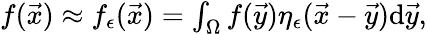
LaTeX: \begin{array}{r}{f(\vec{x})\approx f_{\epsilon}(\vec{x})=\int_{\Omega}f(\vec{y})\eta_{\epsilon}(\vec{x}-\vec{y})\mathrm{d}\vec{y},}\end{array}